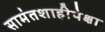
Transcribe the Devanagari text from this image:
सामंतशाहीपेक्षा